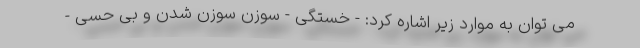
می توان به موارد زیر اشاره کرد: - خستگی - سوزن سوزن شدن و بی حسی -